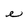
Character: e